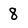
Character: 8